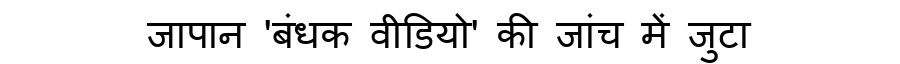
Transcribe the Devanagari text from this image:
जापान 'बंधक वीडियो' की जांच में जुटा